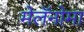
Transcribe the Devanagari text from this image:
मेलॅनोमा